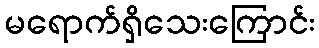
မရောက်ရှိသေးကြောင်း